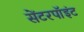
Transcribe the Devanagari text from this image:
सेंटरपॉइंट